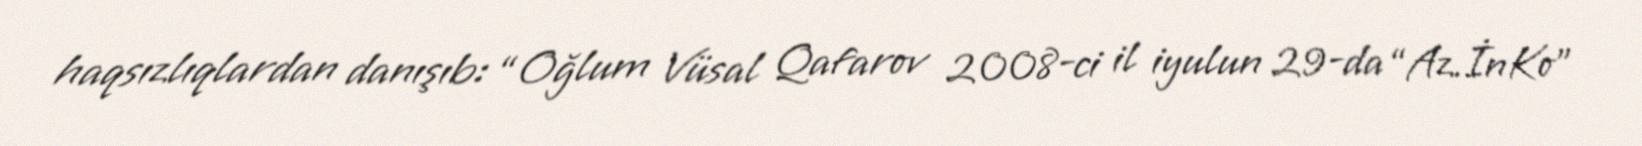
haqsızlıqlardan danışıb: “Oğlum Vüsal Qafarov 2008-ci il iyulun 29-da “Az.İnKo”